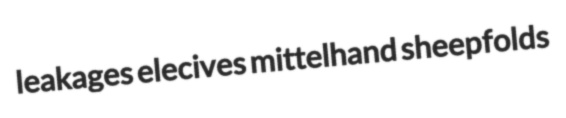
leakages elecives mittelhand sheepfolds